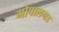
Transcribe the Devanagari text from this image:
गोपालगड